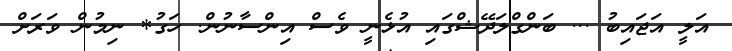
އަލީ އަޖައިބު ... ބަންގްލަދޭޝްގައި އުޅެނީ ވެސް އިންސާނުން. ހަގު* ނިމުން ވަރަށް